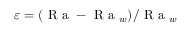
\varepsilon = ( \textrm { R a } - \textrm { R a } _ { w } ) / \textrm { R a } _ { w }